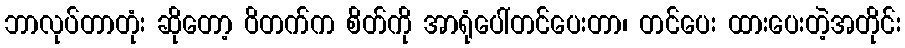
ဘာလုပ်တာတုံး ဆိုတော့ ဝိတက်က စိတ်ကို အာရုံပေါ်တင်ပေးတာ၊ တင်ပေး ထားပေးတဲ့အတိုင်း